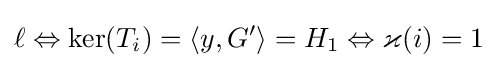
\ell \Leftrightarrow \ker(T_{i})=\langle y,G'\rangle =H_{1}\Leftrightarrow \varkappa (i)=1